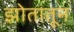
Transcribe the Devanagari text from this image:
झोतातून